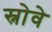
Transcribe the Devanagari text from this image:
स्नोवे